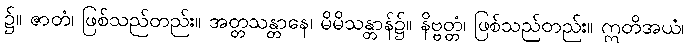
၌။ ဇာတံ၊ ဖြစ်သည်တည်း။ အတ္တသန္တာနေ၊ မိမိသန္တာန်၌။ နိဗ္ဗတ္တံ၊ ဖြစ်သည်တည်း။ ဣတိအယံ၊